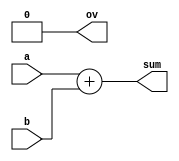
module add2(a, b, sum, ov);

	input [3:0] a, b;
	output [3:0] sum;
	output ov;
	
	assign sum = a + b;
	assign ov = 1'b0;
		
endmodule